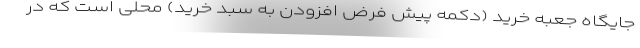
جایگاه جعبه خرید (دکمه پیش فرض افزودن به سبد خرید) محلی است که در